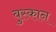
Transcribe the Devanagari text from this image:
बुस्कान